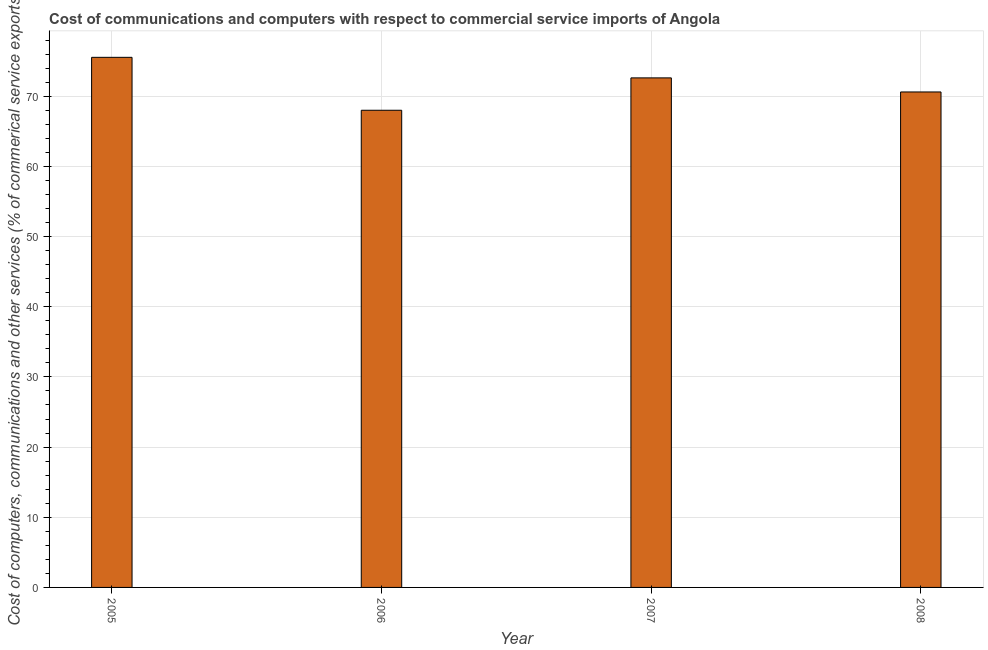
| Year | Computer |
 | --- | --- |
 | 2005 | 75.5 |
 | 2006 | 68 |
 | 2007 | 72.6 |
 | 2008 | 70.6 |